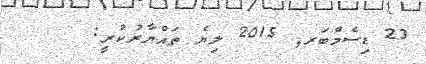
23 ޑިސެމްބަރ